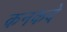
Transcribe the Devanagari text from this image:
कनकदे